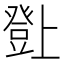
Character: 𤼸